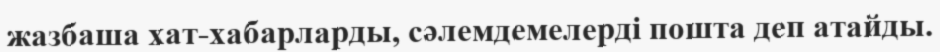
жазбаша хат-хабарларды, сәлемдемелерді пошта деп атайды.